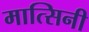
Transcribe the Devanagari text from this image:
मात्सिनी